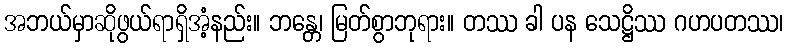
အဘယ်မှာဆိုဖွယ်ရာရှိအံ့နည်း။ ဘန္တေ၊ မြတ်စွာဘုရား။ တဿ ခါ ပန သေဋ္ဌိဿ ဂဟပတဿ၊